Report of the King Institute of Preventive Medicine, Guindy
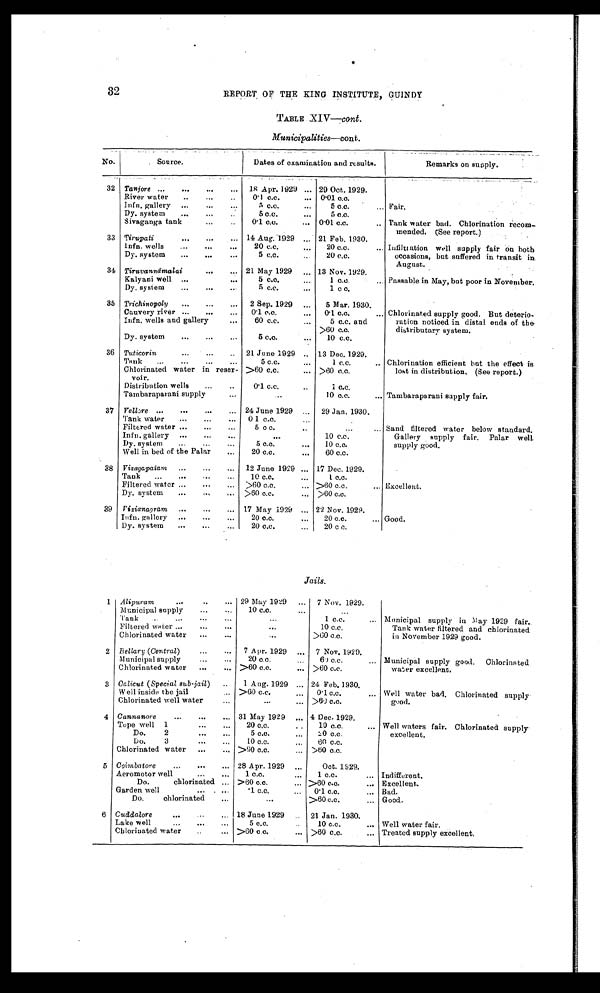
32
REPORT OF THE KING INSTITUTE, GUINDY
TABLE XIV—cont.
Municipalities—cont.
No.
Source.
Dates of examination and results.
Remar ks on suppl y.
32 Tanjore ...
...
...
...
18 Apr. 1929 ... 29 Oct. 1929.
River water
..
...
..
0.1 c.c.
... 0.01 c.c.
Infn. gallery ...
. . . . . .
5 c.c.
...
5 c.c.
... Fair.
Dy. system
...
...
..
5 c.c.
...
5 c.c.
Sivaganga tank ... ..
0.1 c.c.
... 0.01 c.c.
.. Tank water bad. Chlorination recom-
mended. (See report.)
33 Tirupati
...
...
... 14 Aug. 1929 ... 21 Feb. 1930.
lnfn. wells
...
...
...
20 c.c.
...
20 c.c.
... Infiltration well supply fair on both
Dy. system
...
...
...
5 c.c.
20 c.c.
occasions, but suffered in transit in
August.
34 Tiruvannāmalai ...
...
21 May 1929 ... 13 Nov. 1929.
Kalyani well ...
...
5 c.c.
...
1 c.c.
... Passable in May, but poor in November.
Dy. system
...
. . . . . .
5 c.c.
...
1 c c.
35 Trichinopoly
...
...
...
2 Sep. 1929 ...
5 Mar. 1930.
Cauvery river ...
...
... 0.1 c.c.
...
0.1 c.c.
... Chlorinated supply good. But deterio-
Infn. wells and gallery
...
60 c.c.
...
5 c.c. and
ration noticed in distal ends of the
>60 c.c.
distributary system.
Dy. system
...
. . . . . .
5 c.c.
...
10 c.c.
36 Tuticorin
...
...
..
21 June 1929 .. 13 Dec. 1929.
Tank
...
...
...
...
5 c.c.
...
1 c.c.
.. Chlorination efficient but the effect is
Chlorinated water in reser-
voir.
>60 c.c.
... >60 c.c.
lost in distribution. (See report.)
Distribution wells
...
..
0.1 c.c.
..
1 c.c.
Tambaraparani supply
...
10 c.c.
... Tambaraparani supply fair.
37 Vellore ...
...
...
... 24 June 1929 ... 29 Jan. 1930.
Tank water
...
...
... 0 1 c.c.
...
. . . . . .
Filtered water ...
...
...
5 c c.
..
...
... Sand filtered water below standard.
Infn. gallery ...
...
...
...
10 c.c.
Gallery supply fair. Palar well
Dy. system
...
...
...
5 c.c.
. . .
10 c.c.
supply good.
Well in bed of the Palar
...
20 c.c.
...
60 c.c.
38 Vizagapalam ...
...
...
12 June 1929 ... 17 Dec. 1929.
Tank
...
...
...
...
10 c.c.
1 c.c.
Filtered water ...
...
... >60 c.c.
. . . >60 c.c.
. . . Excellent.
Dy. system
...
...
... >60 c.c.
. . . >60 c.c.
39 Vizianagram ...
...
... 17 May 1929 ... 22 Nov. 1929.
Infn. gallery ...
. . . . . .
20 c.c.
. . .
20 c.c.
... Good.
Dy. system
...
. . . . . .
20 c.c.
...
20 c c.
Jails.
1 Alipuram
...
..
... 29 May 1929 ... 7 Nov. 1929.
Municipal supply
...
...
1 0 c . c . . . .
. . .
Tank ...
...
... ...
. . .
1 c.c.
... Municipal supply in May 1929 fair.
Filtered water ...
...
...
. . .
10 c.c.
Tank water filtered and chlorinated
Chlorinated water
...
...
...
>60 c.c.
in November 1929 good.
2 Bellary (Central) ...
... 7 Apr.1 9 2 9
. . . 7 Nov. 1929.
Municipal supply
...
...
20 c.c.
...
60 c.c.
... Municipal supply good. Chlorinated
Chlorinated water
...
... >60 c.c.
... >60 c.c.
water excellent.
3 Calicut (Special sub-jail)
..
1 Aug. 1929 ... 24 Feb. 1930.
W ell inside the jail
>60 c.c.
. . .
0.1 c.c.
... Well water bad. Chlorinated supply
Chlorinated well water
...
...
. . . >60 c.c.
good.
4 Cannanore
...
...
... 31 May 1929 ... 4 Dec. 1929.
Tope well 1
20 c.c.
. .
10 c.c.
... Well waters fair. Chlorinated supply
Do.
2
...
...
5 c.c.
...
20 c.c.
excellent.
Do.
3 . . . . . .
10 c. c.
...
60 c.c.
Chlorinated water . . . . . .
>60 c.c.
... >60 c.c.
5 Coimbatore
...
...
... 28 Apr. 1929 ...
Oct. 1929.
Aeromotor well
...
...
1 c.c.
. . .
1 c.c.
... Indifferent.
Do.
chlorinated ... >60 c.c.
... >60 c.c.
... Excellent.
Garden well ... ...
.1 c.c.
...
0.1 c.c.
... Bad.
Do.
chlorinated
...
...
>60 c.c.
... Good.
6 Cuddalore ...
...
... 18 June 1929
21 Jan. 1930.
Lake well
. . . •••
...
5 c.c.
..
10 c.c.
... Well water fair.
Chlorinated water
..
... >60 c.c.
... >60 c.c.
... Treated supply excellent.